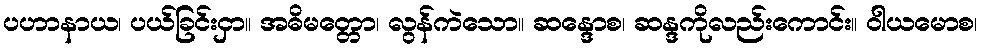
ပဟာနာယ၊ ပယ်ခြင်းငှာ။ အဓိမတ္တော၊ လွန်ကဲသော။ ဆန္ဒောစ၊ ဆန္ဒကိုလည်းကောင်း။ ဝါယမောစ၊